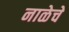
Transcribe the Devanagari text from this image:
नाळेचे